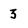
Character: 3